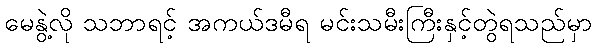
မေနွဲ့လို သဘာရင့် အကယ်ဒမီရ မင်းသမီးကြီးနှင့်တွဲရသည်မှာ